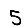
Digit: 5